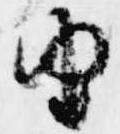
由